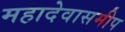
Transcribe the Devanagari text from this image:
महादेवासमीप